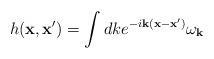
LaTeX: \begin{align*}h({\bf x},{\bf x}') = \int dk e^{-i{\bf k}({\bf x}-{\bf x}')} \omega_{\bf k}\end{align*}